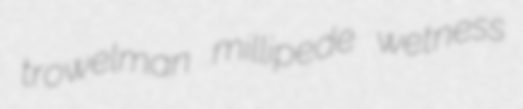
trowelman millipede wetness